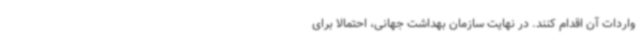
واردات آن اقدام کنند. در نهایت سازمان بهداشت جهانی، احتمالا برای